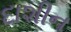
દાશીન